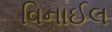
વિનાઈલ